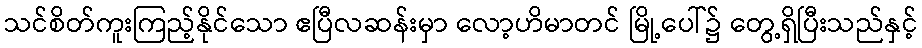
သင်စိတ်ကူးကြည့်နိုင်သော ဧပြီလဆန်းမှာ လော့ဟိမာတင် မြို့ပေါ်၌ တွေ့ရှိပြီးသည်နှင့်